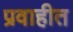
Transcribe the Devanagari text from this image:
प्रवाहीत